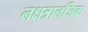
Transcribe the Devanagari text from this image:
नक्षत्रानजिक